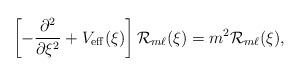
LaTeX: \begin{align*}\left[-\frac{\partial^2}{\partial\xi^2}+V_{\rm eff}(\xi)\right] {\cal R}_{m\ell}(\xi) =m^2 {\cal R}_{m\ell}(\xi),\end{align*}